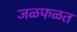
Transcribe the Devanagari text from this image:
जळफळत